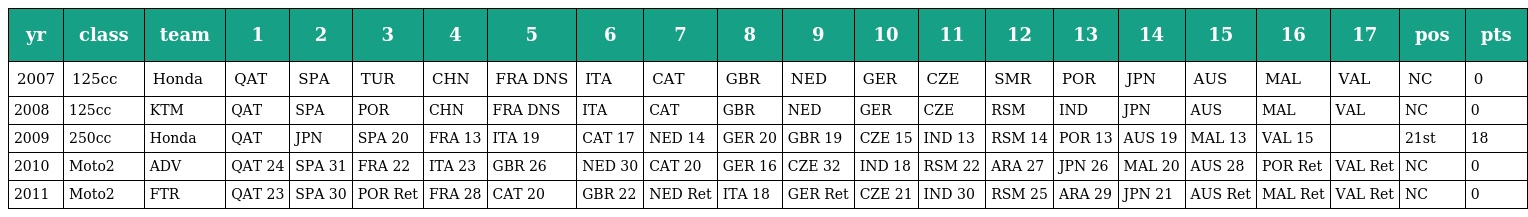
| yr | class | team | 1 | 2 | 3 | 4 | 5 | 6 | 7 | 8 | 9 | 10 | 11 | 12 | 13 | 14 | 15 | 16 | 17 | pos | pts |
 | --- | --- | --- | --- | --- | --- | --- | --- | --- | --- | --- | --- | --- | --- | --- | --- | --- | --- | --- | --- | --- | --- |
 | 2007 | 125cc | Honda | QAT | SPA | TUR | CHN | FRA DNS | ITA | CAT | GBR | NED | GER | CZE | SMR | POR | JPN | AUS | MAL | VAL | NC | 0 |
 | 2008 | 125cc | KTM | QAT | SPA | POR | CHN | FRA DNS | ITA | CAT | GBR | NED | GER | CZE | RSM | IND | JPN | AUS | MAL | VAL | NC | 0 |
 | 2009 | 250cc | Honda | QAT | JPN | SPA 20 | FRA 13 | ITA 19 | CAT 17 | NED 14 | GER 20 | GBR 19 | CZE 15 | IND 13 | RSM 14 | POR 13 | AUS 19 | MAL 13 | VAL 15 |  | 21st | 18 |
 | 2010 | Moto2 | ADV | QAT 24 | SPA 31 | FRA 22 | ITA 23 | GBR 26 | NED 30 | CAT 20 | GER 16 | CZE 32 | IND 18 | RSM 22 | ARA 27 | JPN 26 | MAL 20 | AUS 28 | POR Ret | VAL Ret | NC | 0 |
 | 2011 | Moto2 | FTR | QAT 23 | SPA 30 | POR Ret | FRA 28 | CAT 20 | GBR 22 | NED Ret | ITA 18 | GER Ret | CZE 21 | IND 30 | RSM 25 | ARA 29 | JPN 21 | AUS Ret | MAL Ret | VAL Ret | NC | 0 |